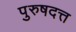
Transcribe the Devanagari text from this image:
पुरुषदत्त